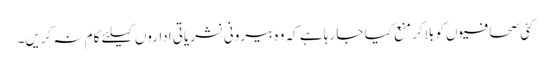
کئی صحافیوں کو بلاکر منع کیا جا رہا ہے کہ وہ بیرونی نشریاتی اداروں کیلئے کام نہ کریں۔